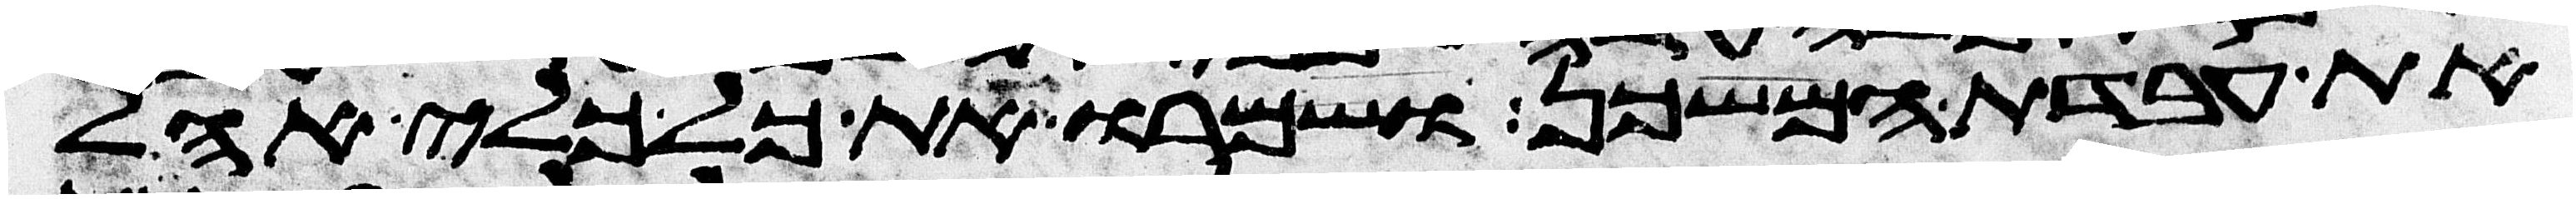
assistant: את עבדת המשכן ושמרו את כל כלי אהל